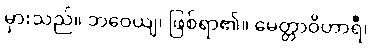
မှားသည်။ ဘဝေယျ၊ ဖြစ်ရာ၏။ မေတ္တာဝိဟာရီ၊